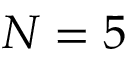
N = 5